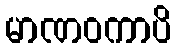
မာဏဝကာပိ